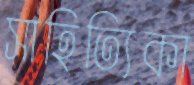
সাহিত্যিকা